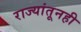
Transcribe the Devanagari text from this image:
राज्यांतूनही